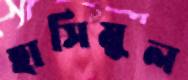
হাসিমুল